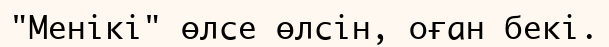
"Менікі" өлсе өлсін, оған бекі.